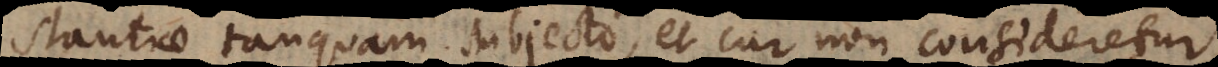
stantiae tanquam subjecto, et cur non consideretur